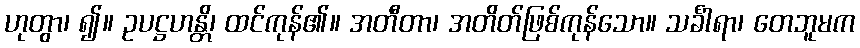
ဟုတွာ၊ ၍။ ဥပဋ္ဌဟန္တိ၊ ထင်ကုန်၏။ အတီတာ၊ အတိတ်ဖြစ်ကုန်သော။ သင်္ခါရာ၊ တေဘူမက